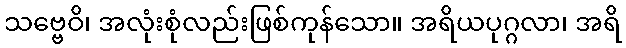
သဗ္ဗေဝိ၊ အလုံးစုံလည်းဖြစ်ကုန်သော။ အရိယပုဂ္ဂလာ၊ အရိ